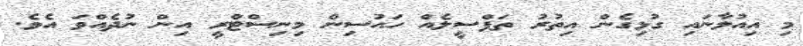
މި އިއުލާނައި ގުޅިގެން އިތުރު ތަފްސީލެއް ހައުސިން މިނިސްޓްރީ އިން ނުދެއްވަ އެވެ.